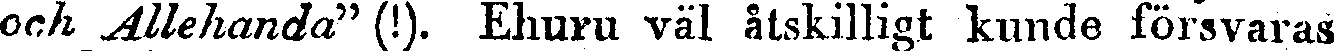
och Allehanda" (!). Ehuru väl åtskilligt kunde försvaras